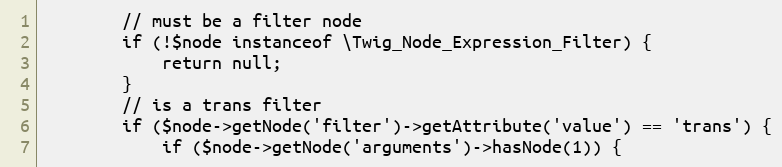
Language: PHP
		// must be a filter node
		if (!$node instanceof \Twig_Node_Expression_Filter) {
			return null;
		}
		// is a trans filter
		if ($node->getNode('filter')->getAttribute('value') == 'trans') {
			if ($node->getNode('arguments')->hasNode(1)) {